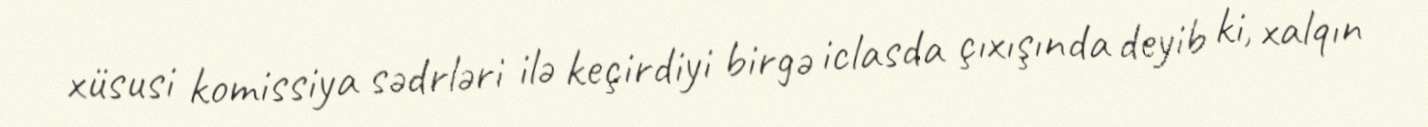
xüsusi komissiya sədrləri ilə keçirdiyi birgə iclasda çıxışında deyib ki, xalqın